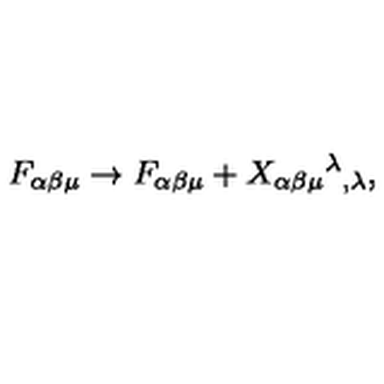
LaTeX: F _ { \alpha \beta \mu } \rightarrow F _ { \alpha \beta \mu } + X _ { \alpha \beta \mu } { } ^ { \lambda } { } _ { , \lambda } ,